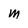
Character: M